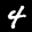
Label: 4